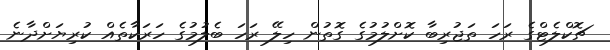
ޗޮކްލެޓްގެ ރަހަ ތަޖުރިބާ ކޮށްލުމުގެ ގޮތުން ހިލޭ ރަހަ ބެލުމުގެ ހަރަކާތެއް ކުރިޔަށްދާނެ